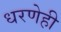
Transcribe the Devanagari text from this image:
धरणेही